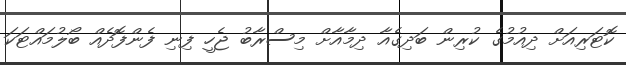
ކޮޓަރިއަށް ދިއުމުގެ ކުރިން ބަދިގެއާ ދިމާއާށް މިސްރާބު ޖެހީ ފިނި ފެންފޮދެއްް ބޯލުމައްޓަކަ